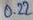
Text: 0.22